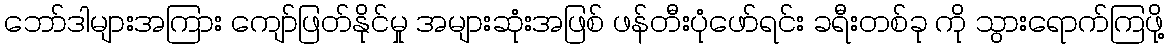
ဘော်ဒါများအကြား ကျော်ဖြတ်နိုင်မှု အများဆုံးအဖြစ် ဖန်တီးပုံဖော်ရင်း ခရီးတစ်ခု ကို သွားရောက်ကြဖို့